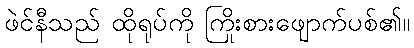
ဖဲင်နီသည် ထိုရုပ်ကို ကြိုးစားဖျောက်ပစ်၏။